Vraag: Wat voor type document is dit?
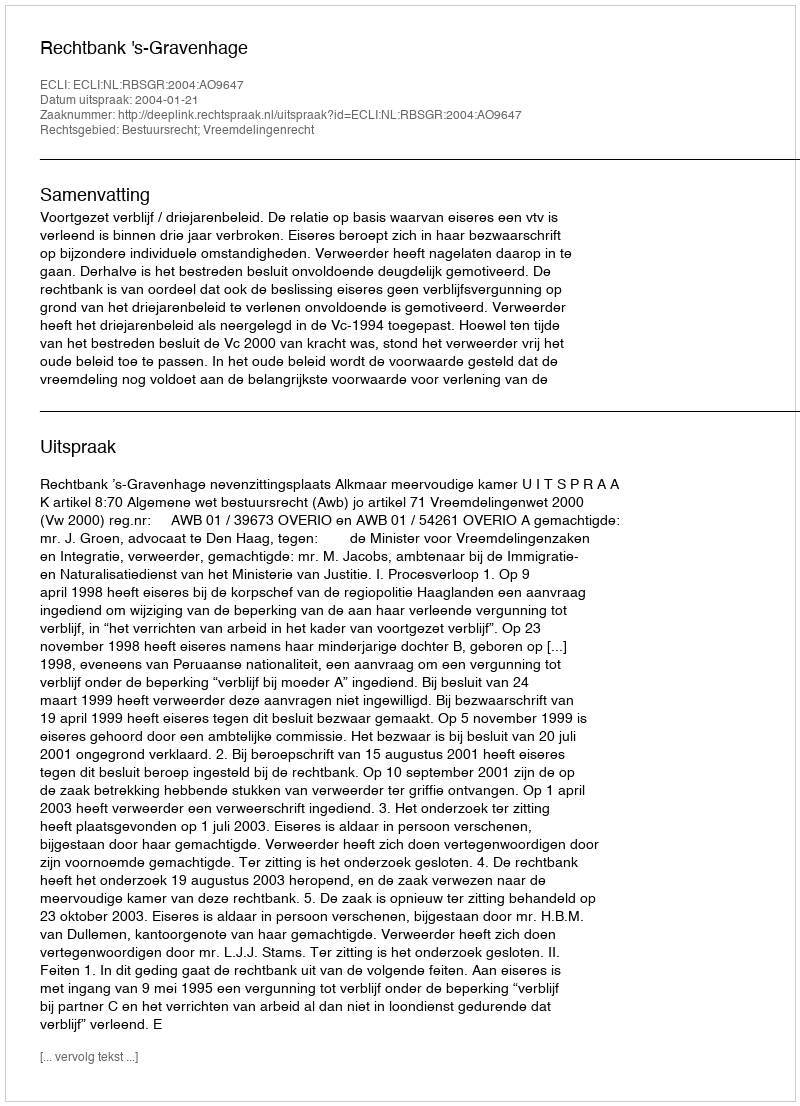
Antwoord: Uitspraak